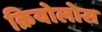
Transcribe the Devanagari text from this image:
क्रियोलोस